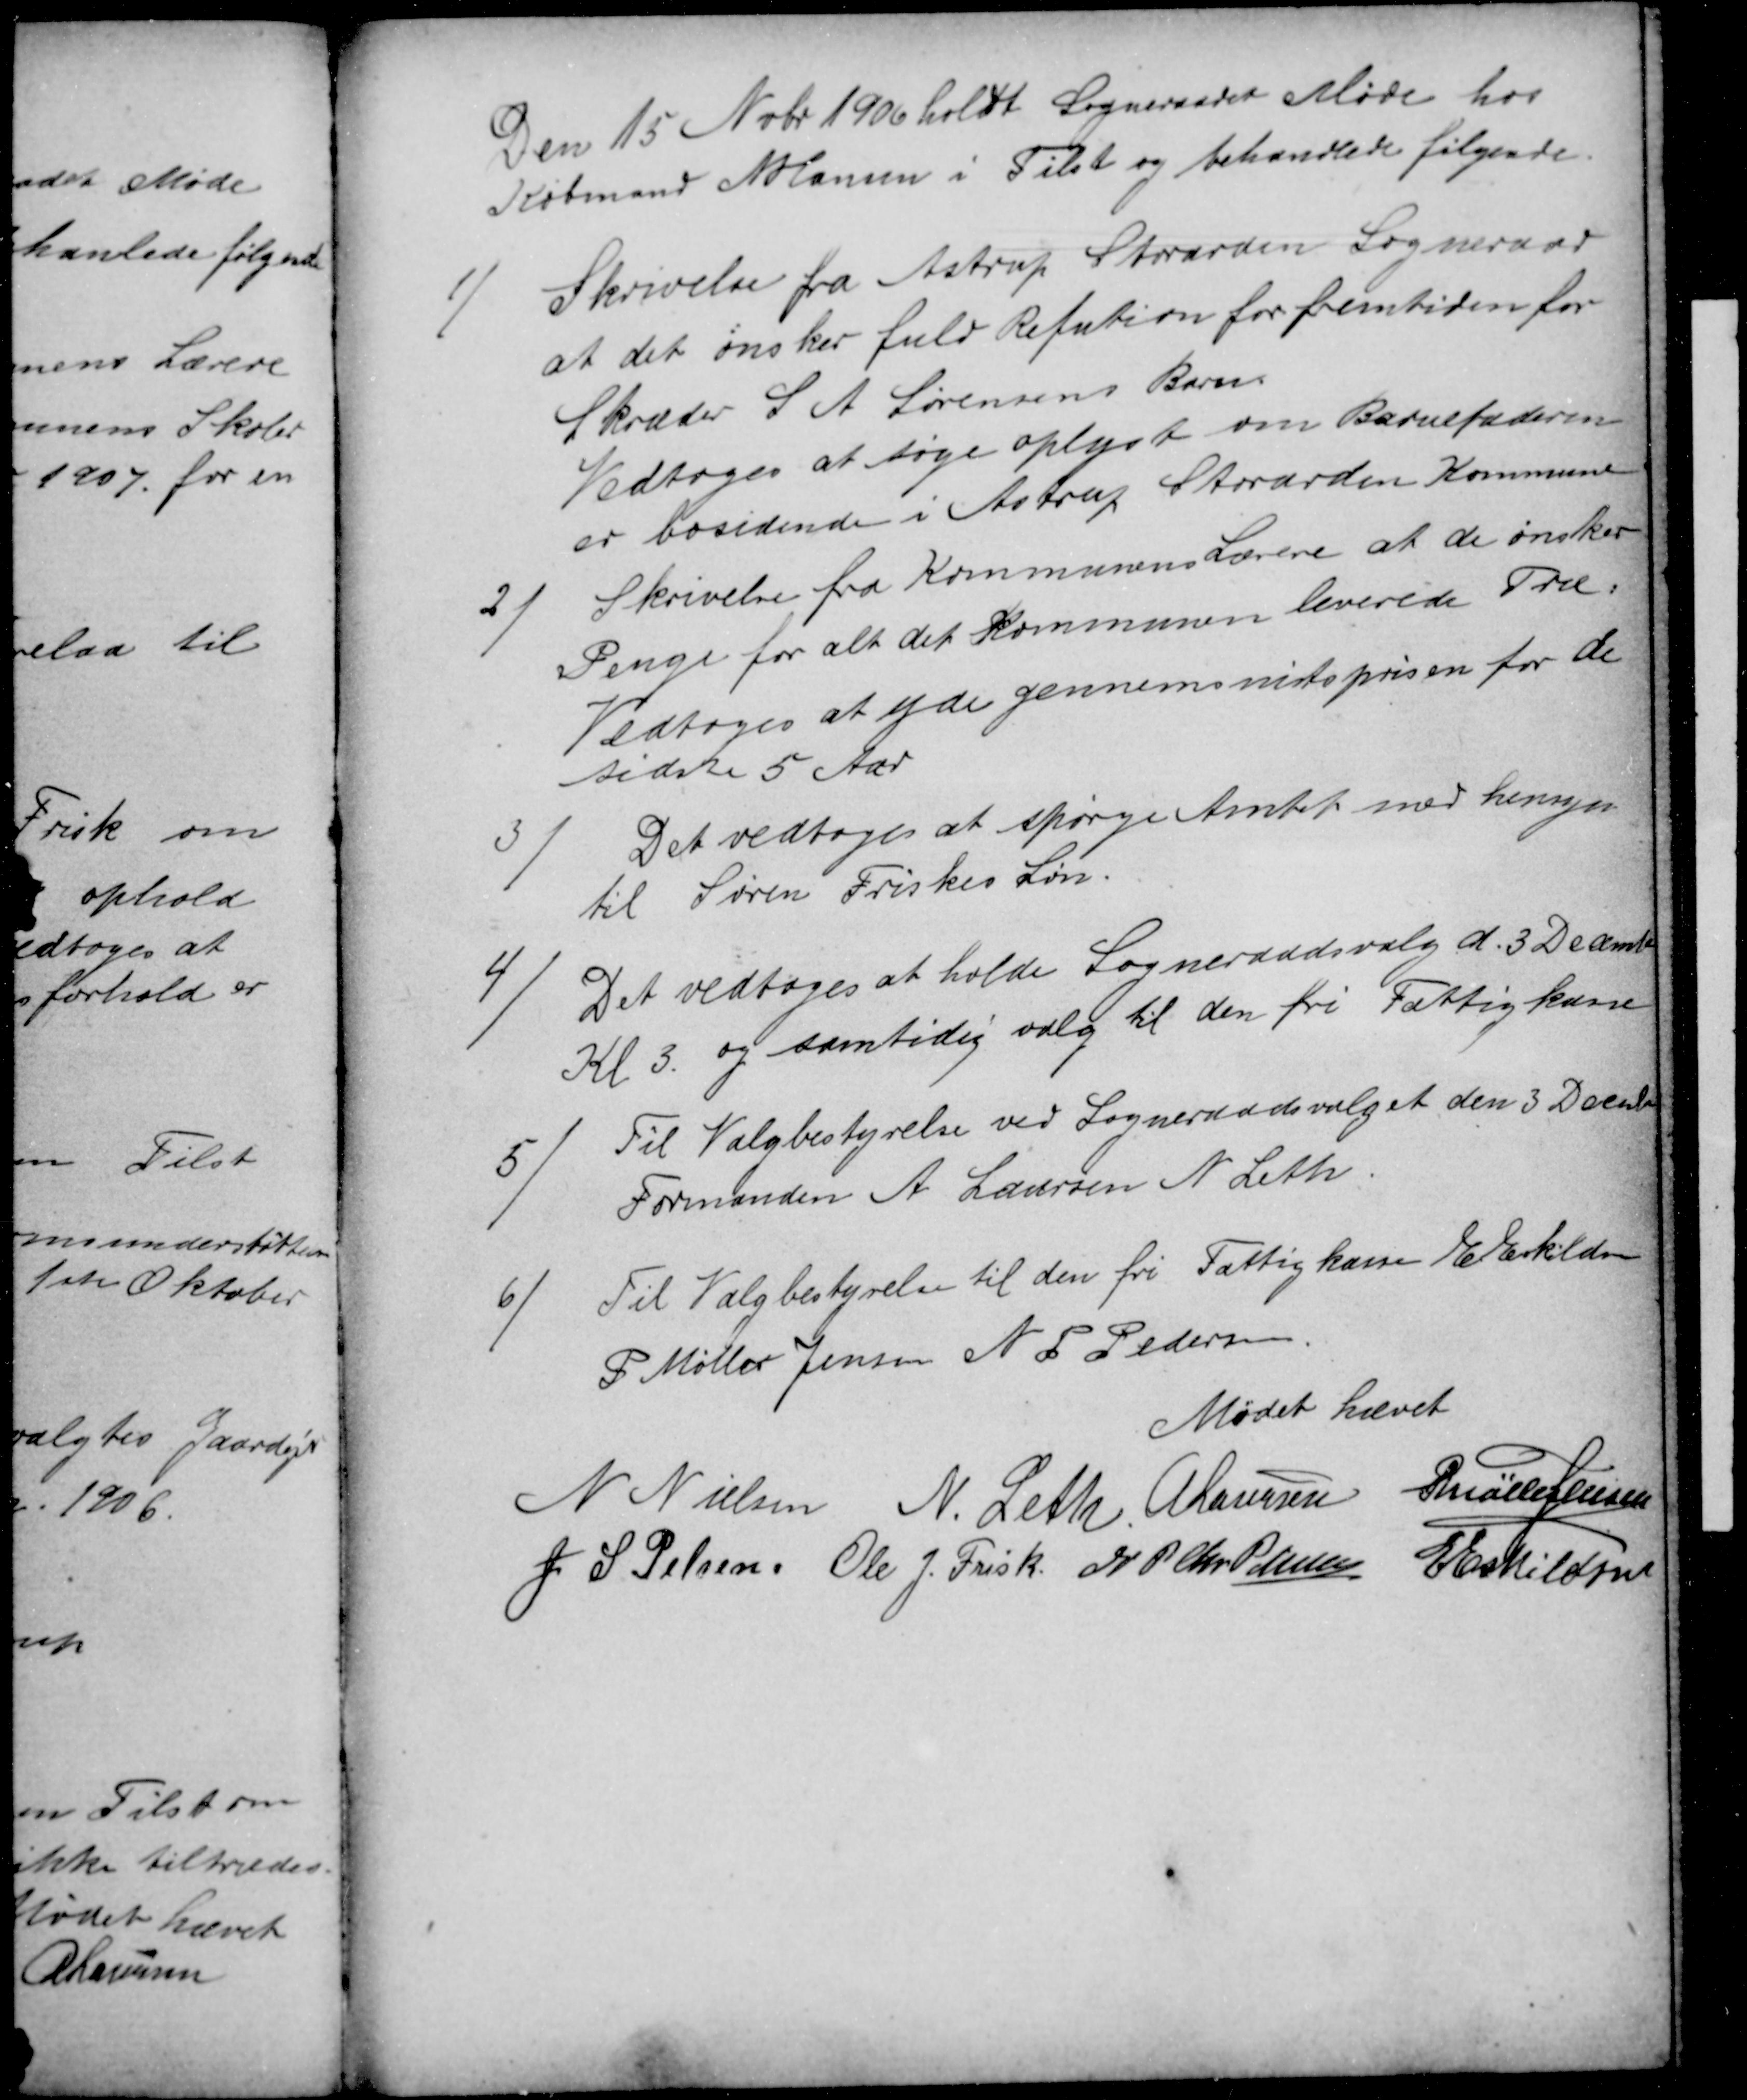
Transskription:
Den 15 Nvbr 1906 holdt Sogneraadet Møde hos
Købmand N Hansen i Tilst og behandlede følgende.
1)
Skrivelse fra Astrup Storarden Sogneraad
at det ønsker fuld Refution for fremtiden for
Skræder S A Sørensens Barn.
Vedtoges at søge oplyst om Barnefaderen
er bosidende i Astrup Storarden Kommune
2)
Skrivelse fra Kommunens Lærere at de ønsker
Penge for alt det Kommunen leverede Træ.
Vedtoges at yde gennemsnitsprisen for de
sidste 5 Aar
3)
Det vedtoges at spørge Amtet med hensyn
til Søren Friskes Søn.
4)
Det vedtoges at holde Sogneraadsvalg d. 3 December
Kl 3. og samtidig valg til den fri Fattigkasse
5
Til Valgbestyrelse ved Sogneraadsvalget den 3 December
Formanden A Laursen N Leth
6
Til Valgbestyrelse til den fri Fattigkasse E Eskildsen
P Møller Jensen N P Pedersen
Mødet hævet
N Nielsen
N. Leth A Laursen P Møller Jensen
J. S. Pelsen Ole J. Frisk N P Chr Petersen E Eskildsen